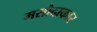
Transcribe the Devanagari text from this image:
मसौदाकार